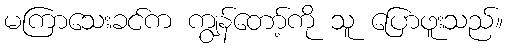
မကြာသေးခင်က ကျွန်တော့်ကို သူ ပြောဖူးသည်။